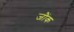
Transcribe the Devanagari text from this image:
जौंक